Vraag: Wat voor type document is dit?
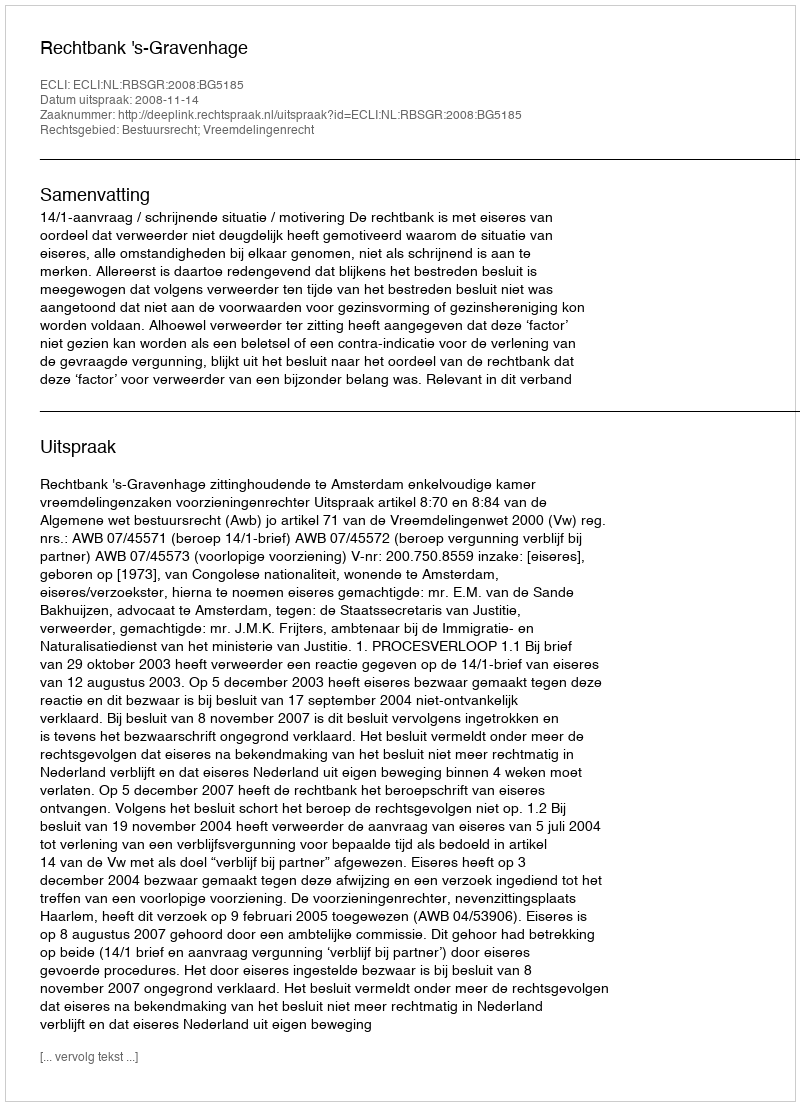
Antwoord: Uitspraak